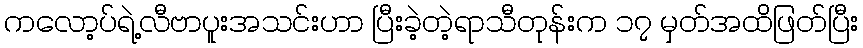
ကလော့ပ်ရဲ့လီဗာပူးအသင်းဟာ ပြီးခဲ့တဲ့ရာသီတုန်းက ၁၇ မှတ်အထိဖြတ်ပြီး